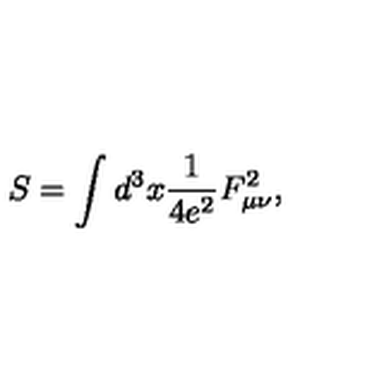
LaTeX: S = \int d ^ { 3 } x \frac { 1 } { 4 e ^ { 2 } } F _ { \mu \nu } ^ { 2 } ,